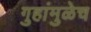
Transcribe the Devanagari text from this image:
गुहांमुळेच